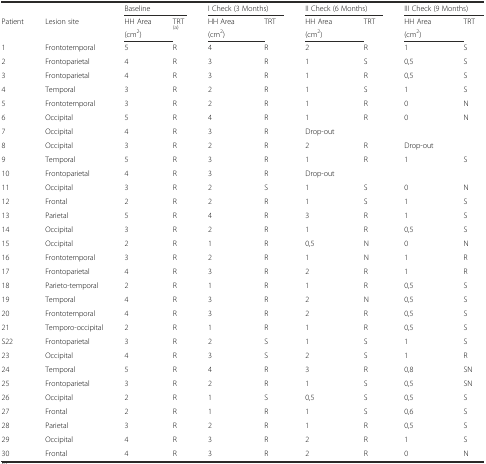
<table><thead><tr><td></td><td></td><td colspan="2"><b>Baseline</b></td><td colspan="2"><b>I Check (3 Months)</b></td><td colspan="2"><b>II Check (6 Months)</b></td><td colspan="2"><b>III Check (9 Months)</b></td></tr><tr><td rowspan="2"><b>Patient</b></td><td rowspan="2"><b>Lesion site</b></td><td><b>HH Area</b></td><td rowspan="2"><b>TRT <sup>(a)</sup></b></td><td><b>HH Area</b></td><td rowspan="2"><b>TRT</b></td><td><b>HH Area</b></td><td rowspan="2"><b>TRT</b></td><td><b>HH Area</b></td><td rowspan="2"><b>TRT</b></td></tr><tr><td><b>(cm<sup>2</sup>)</b></td><td><b>(cm<sup>2</sup>)</b></td><td><b>(cm<sup>2</sup>)</b></td><td><b>(cm<sup>2</sup>)</b></td></tr></thead><tbody><tr><td>1</td><td>Frontotemporal</td><td>5</td><td>R</td><td>4</td><td>R</td><td>2</td><td>R</td><td>1</td><td>S</td></tr><tr><td>2</td><td>Frontoparietal</td><td>4</td><td>R</td><td>3</td><td>R</td><td>1</td><td>S</td><td>0,5</td><td>S</td></tr><tr><td>3</td><td>Frontoparietal</td><td>4</td><td>R</td><td>3</td><td>R</td><td>1</td><td>R</td><td>0,5</td><td>S</td></tr><tr><td>4</td><td>Temporal</td><td>3</td><td>R</td><td>2</td><td>R</td><td>1</td><td>S</td><td>1</td><td>S</td></tr><tr><td>5</td><td>Frontotemporal</td><td>3</td><td>R</td><td>2</td><td>R</td><td>1</td><td>R</td><td>0</td><td>N</td></tr><tr><td>6</td><td>Occipital</td><td>5</td><td>R</td><td>4</td><td>R</td><td>1</td><td>R</td><td>0</td><td>N</td></tr><tr><td>7</td><td>Occipital</td><td>4</td><td>R</td><td>3</td><td>R</td><td>Drop-out</td><td></td><td></td><td></td></tr><tr><td>8</td><td>Occipital</td><td>3</td><td>R</td><td>2</td><td>R</td><td>2</td><td>R</td><td>Drop-out</td><td></td></tr><tr><td>9</td><td>Temporal</td><td>5</td><td>R</td><td>3</td><td>R</td><td>1</td><td>R</td><td>1</td><td>S</td></tr><tr><td>10</td><td>Frontoparietal</td><td>4</td><td>R</td><td>3</td><td>R</td><td>Drop-out</td><td></td><td></td><td></td></tr><tr><td>11</td><td>Occipital</td><td>3</td><td>R</td><td>2</td><td>S</td><td>1</td><td>S</td><td>0</td><td>N</td></tr><tr><td>12</td><td>Frontal</td><td>2</td><td>R</td><td>2</td><td>R</td><td>1</td><td>S</td><td>1</td><td>S</td></tr><tr><td>13</td><td>Parietal</td><td>5</td><td>R</td><td>4</td><td>R</td><td>3</td><td>R</td><td>1</td><td>S</td></tr><tr><td>14</td><td>Occipital</td><td>3</td><td>R</td><td>2</td><td>R</td><td>1</td><td>R</td><td>0,5</td><td>S</td></tr><tr><td>15</td><td>Occipital</td><td>2</td><td>R</td><td>1</td><td>R</td><td>0,5</td><td>N</td><td>0</td><td>N</td></tr><tr><td>16</td><td>Frontotemporal</td><td>3</td><td>R</td><td>2</td><td>R</td><td>1</td><td>N</td><td>1</td><td>R</td></tr><tr><td>17</td><td>Frontoparietal</td><td>4</td><td>R</td><td>3</td><td>R</td><td>2</td><td>R</td><td>1</td><td>R</td></tr><tr><td>18</td><td>Parieto-temporal</td><td>2</td><td>R</td><td>1</td><td>R</td><td>1</td><td>R</td><td>0,5</td><td>S</td></tr><tr><td>19</td><td>Temporal</td><td>4</td><td>R</td><td>3</td><td>R</td><td>2</td><td>N</td><td>0,5</td><td>S</td></tr><tr><td>20</td><td>Frontotemporal</td><td>4</td><td>R</td><td>3</td><td>R</td><td>2</td><td>R</td><td>0,5</td><td>S</td></tr><tr><td>21</td><td>Temporo-occipital</td><td>2</td><td>R</td><td>1</td><td>R</td><td>1</td><td>R</td><td>0,5</td><td>S</td></tr><tr><td>S22</td><td>Frontoparietal</td><td>3</td><td>R</td><td>2</td><td>S</td><td>1</td><td>S</td><td>1</td><td>S</td></tr><tr><td>23</td><td>Occipital</td><td>4</td><td>R</td><td>3</td><td>S</td><td>2</td><td>S</td><td>1</td><td>R</td></tr><tr><td>24</td><td>Temporal</td><td>5</td><td>R</td><td>4</td><td>R</td><td>3</td><td>R</td><td>0,8</td><td>SN</td></tr><tr><td>25</td><td>Frontoparietal</td><td>3</td><td>R</td><td>2</td><td>R</td><td>1</td><td>S</td><td>0,5</td><td>SN</td></tr><tr><td>26</td><td>Occipital</td><td>2</td><td>R</td><td>1</td><td>S</td><td>0,5</td><td>S</td><td>0,5</td><td>S</td></tr><tr><td>27</td><td>Frontal</td><td>2</td><td>R</td><td>1</td><td>R</td><td>1</td><td>S</td><td>0,6</td><td>S</td></tr><tr><td>28</td><td>Parietal</td><td>3</td><td>R</td><td>2</td><td>R</td><td>1</td><td>R</td><td>0,5</td><td>S</td></tr><tr><td>29</td><td>Occipital</td><td>4</td><td>R</td><td>3</td><td>R</td><td>2</td><td>R</td><td>1</td><td>S</td></tr><tr><td>30</td><td>Frontal</td><td>4</td><td>R</td><td>3</td><td>R</td><td>2</td><td>R</td><td>0</td><td>N</td></tr></tbody></table>